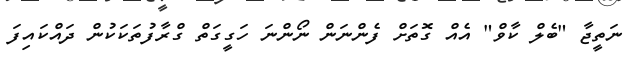
ނަތީޖާ "ބެލް ކާވް" އެއް ގޮތަށް ފެންނަން ނޯންނަ ހަގީގަތް ގްރާފުތަކަކުން ދައްކައިފަ